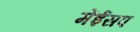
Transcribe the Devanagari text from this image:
मेंईसप